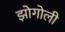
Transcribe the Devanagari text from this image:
झोगोली